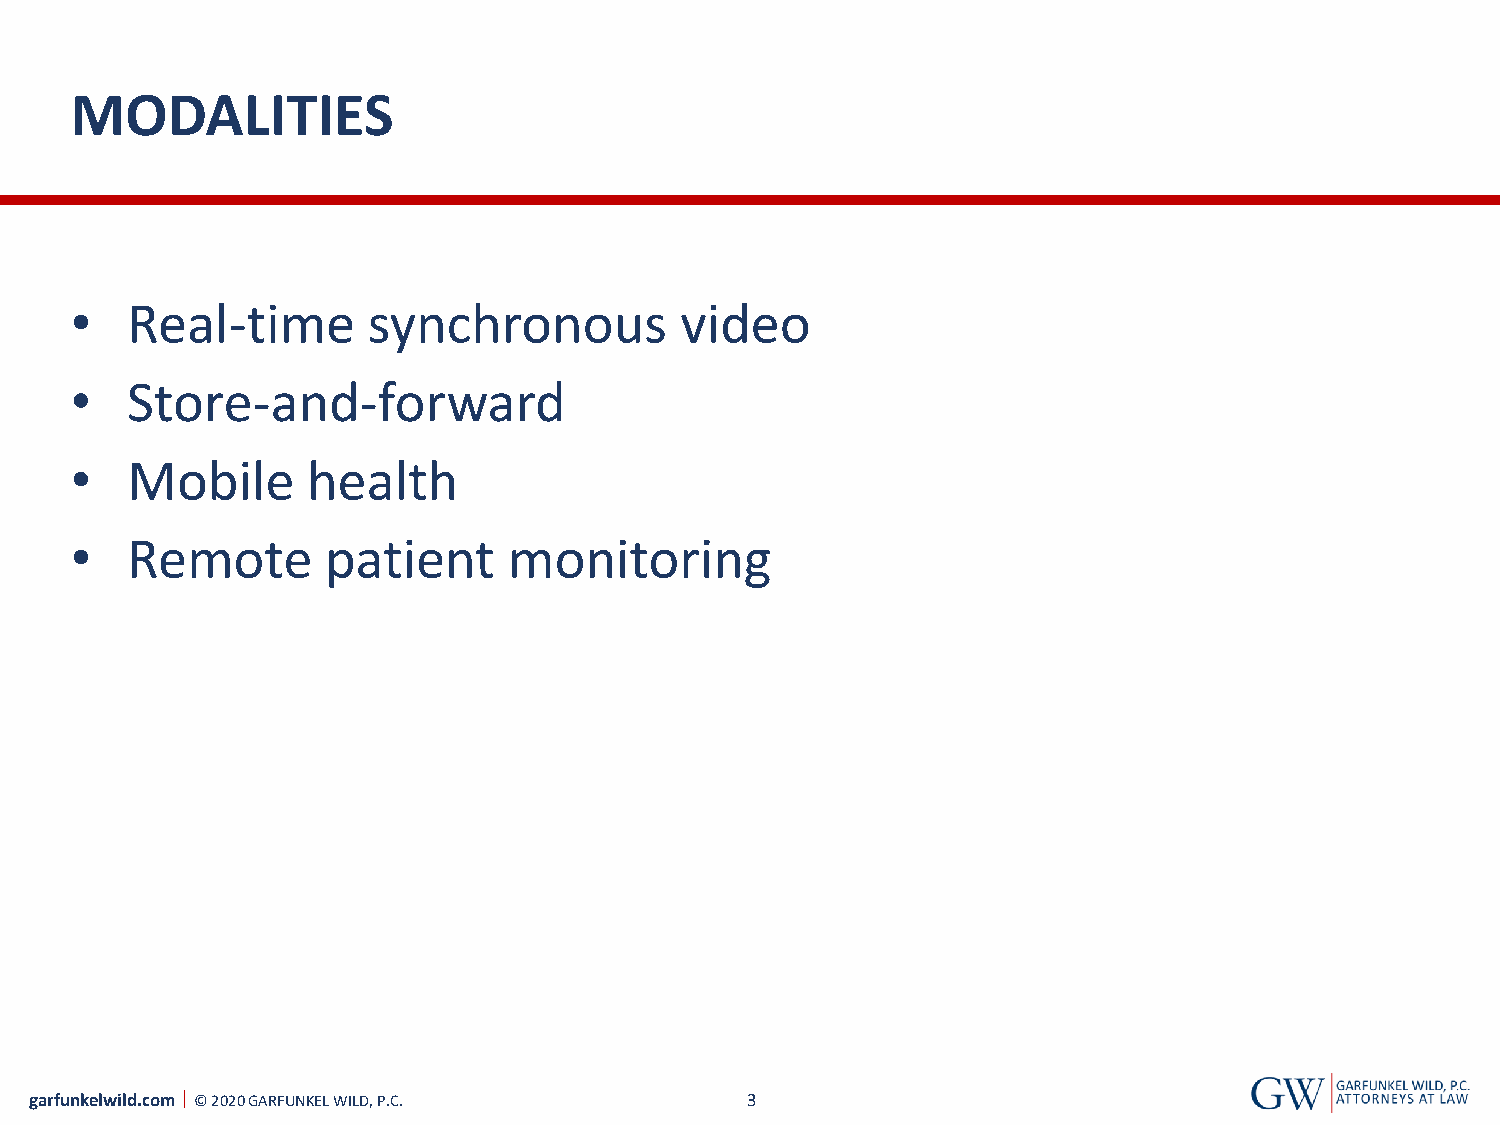
MODALITIES
 •  Real-time       synchronous          video
 •  Store-and-forward
 •  Mobile      health
 •  Remote        patient     monitoring
 garfunkelwild.com © 2020 GARFUNKEL WILD, P.C.  3